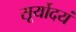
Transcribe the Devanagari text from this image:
सूर्योदयं